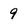
Character: 9